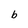
Character: b